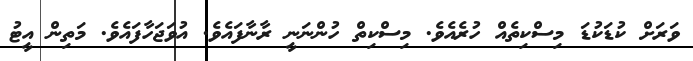
ވަރަށް ކުޑަކުޑަ މިސްކިތެއް ހުރެއެވެ. މިސްކިތް ހުންނަނީ ރާނާފައެވެ. އުވަޖަހާފައެވެ. މަތިން އީޓު